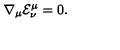
{ \nabla _ { \mu } } { { \mathcal { E } } _ { \nu } ^ { \mu } } = 0 .